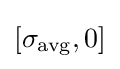
[\sigma _{\mathrm {avg} },0]\,\!